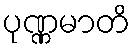
ပုဏ္ဏမာတိ